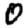
Digit: 0